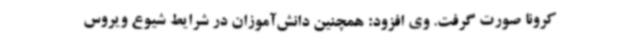
کرونا صورت گرفت. وی افزود: همچنین دانش‌آموزان در شرایط شیوع ویروس